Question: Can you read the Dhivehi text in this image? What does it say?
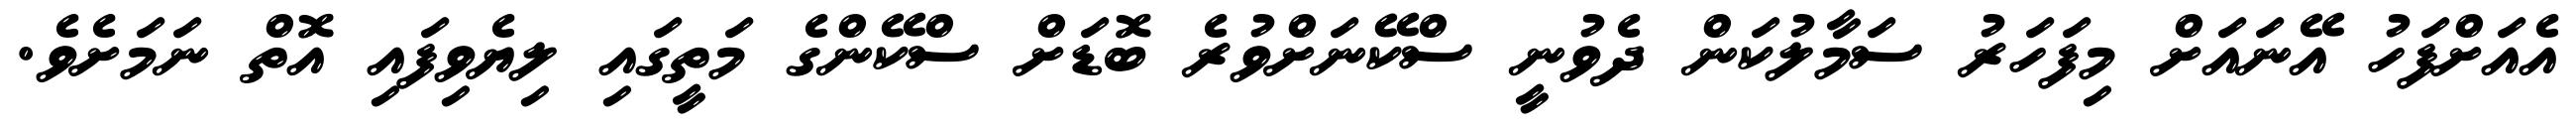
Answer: އެއަށްފަހު އޭނައަށް މިފަހަރު ސަމާލުކަން ދެވުނީ ސްކޭނަށްވުރެ ބޮޑަށް ސްކޭންގެ މަތީގައި ލިޔެވިފައި އޮތް ނަމަށެވެ.